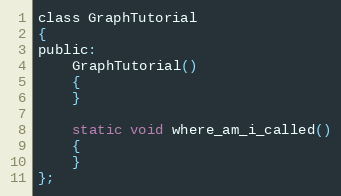
Language: C
class GraphTutorial
{
public:
	GraphTutorial()
	{
	}

	static void where_am_i_called()
	{
	}
};